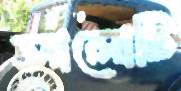
আলোটি